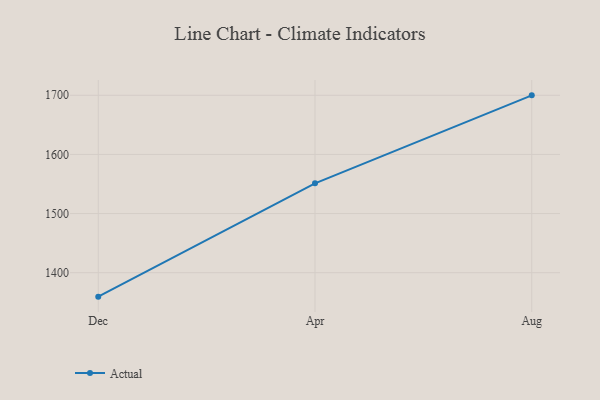
{"axis": {"x": "Month", "y": "LTV (USD)"}, "legend": ["Actual"], "data": [{"x": "Dec", "y": 1359.5, "type": "Actual"}, {"x": "Apr", "y": 1551.1, "type": "Actual"}, {"x": "Aug", "y": 1699.9, "type": "Actual"}]}